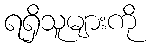
ရရှိသူများကို